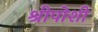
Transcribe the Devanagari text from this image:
श्रीपोशी